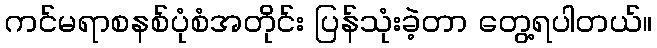
ကင်မရာစနစ်ပုံစံအတိုင်း ပြန်သုံးခဲ့တာ တွေ့ရပါတယ်။